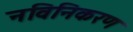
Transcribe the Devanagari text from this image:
नविनिकरण